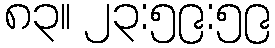
၈၃။ ၂၃:၅၉:၅၉